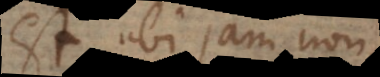
est, ubi jam Am